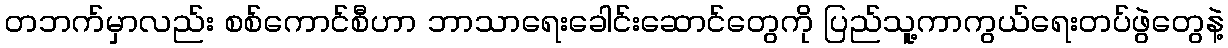
တဘက်မှာလည်း စစ်ကောင်စီဟာ ဘာသာရေးခေါင်းဆောင်တွေကို ပြည်သူ့ကာကွယ်ရေးတပ်ဖွဲတွေနဲ့